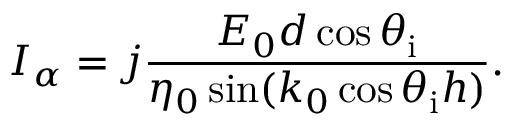
I _ { \alpha } = j \frac { E _ { 0 } d \cos \theta _ { \mathrm { i } } } { \eta _ { 0 } \sin ( k _ { 0 } \cos \theta _ { \mathrm { i } } h ) } .